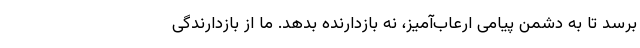
برسد تا به دشمن پیامی ارعاب‌آمیز، نه بازدارنده بدهد. ما از بازدارندگی